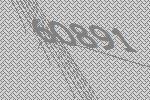
60891